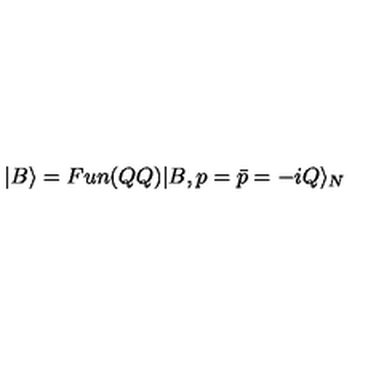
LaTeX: | B \rangle = F u n ( Q Q ) | B , p = \bar { p } = - i Q \rangle _ { N }